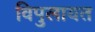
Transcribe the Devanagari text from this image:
विपुलायत